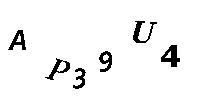
AP39U4